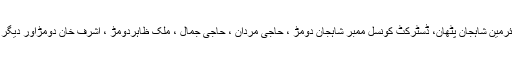
اجتماع سے ڈسٹرکٹ چیئرمین شاہجان پٹھان، ڈسٹرکٹ کونسل ممبر شاہجان دومڑ ، حاجی مردان ، حاجی جمال ، ملک ظاہردومڑ ، اشرف خان دومڑاور دیگر مقررین نے خطاب کیا ۔